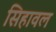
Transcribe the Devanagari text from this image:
सिहावल